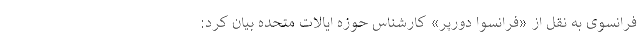
فرانسوی به نقل از «فرانسوا دورپر» کارشناس حوزه ایالات متحده بیان کرد: